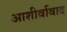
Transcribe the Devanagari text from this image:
आशीर्वावाद